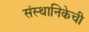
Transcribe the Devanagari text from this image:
संस्थानिकेची